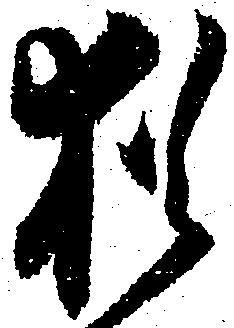
猶